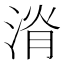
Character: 𣷩